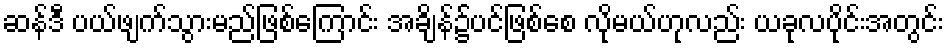
ဆန်ဒီ ပယ်ဖျက်သွားမည်ဖြစ်ကြောင်း အချိန်၌ပင်ဖြစ်စေ လိုမယ်ဟုလည်း ယခုလပိုင်းအတွင်း